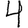
Digit: 4